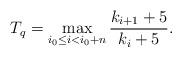
LaTeX: \begin{align*} T_q=\max_{i_0\leq i< i_0+n}\frac{k_{i+1}+5}{k_{i}+5}.\end{align*}